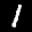
Label: 1